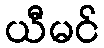
ယီမင်